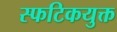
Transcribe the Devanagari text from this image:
स्फटिकयुक्त